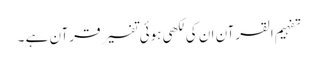
تفہیم القرآن ان کی لکھی ہوئی تفسیر قرآن ہے ۔